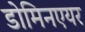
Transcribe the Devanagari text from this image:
डोमिनएयर